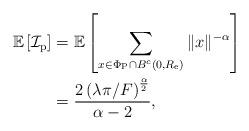
LaTeX: \begin{align*}\mathbb{E}\left[\mathcal{I}_{\mathrm{p}}\right] &= \mathbb{E}\left[ \sum_{x \in \Phi_{\mathrm{P}} \cap B^c(0,R_{\mathrm{e}})} \| x \|^{-\alpha} \right]\\&= \frac{2 \left( \lambda \pi / F \right)^{\frac{\alpha}{2}}}{\alpha-2},\end{align*}